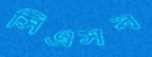
সিএসব